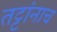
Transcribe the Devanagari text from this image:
तट्टांनाच